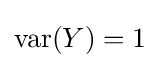
{\textstyle \operatorname {var} (Y)=1}